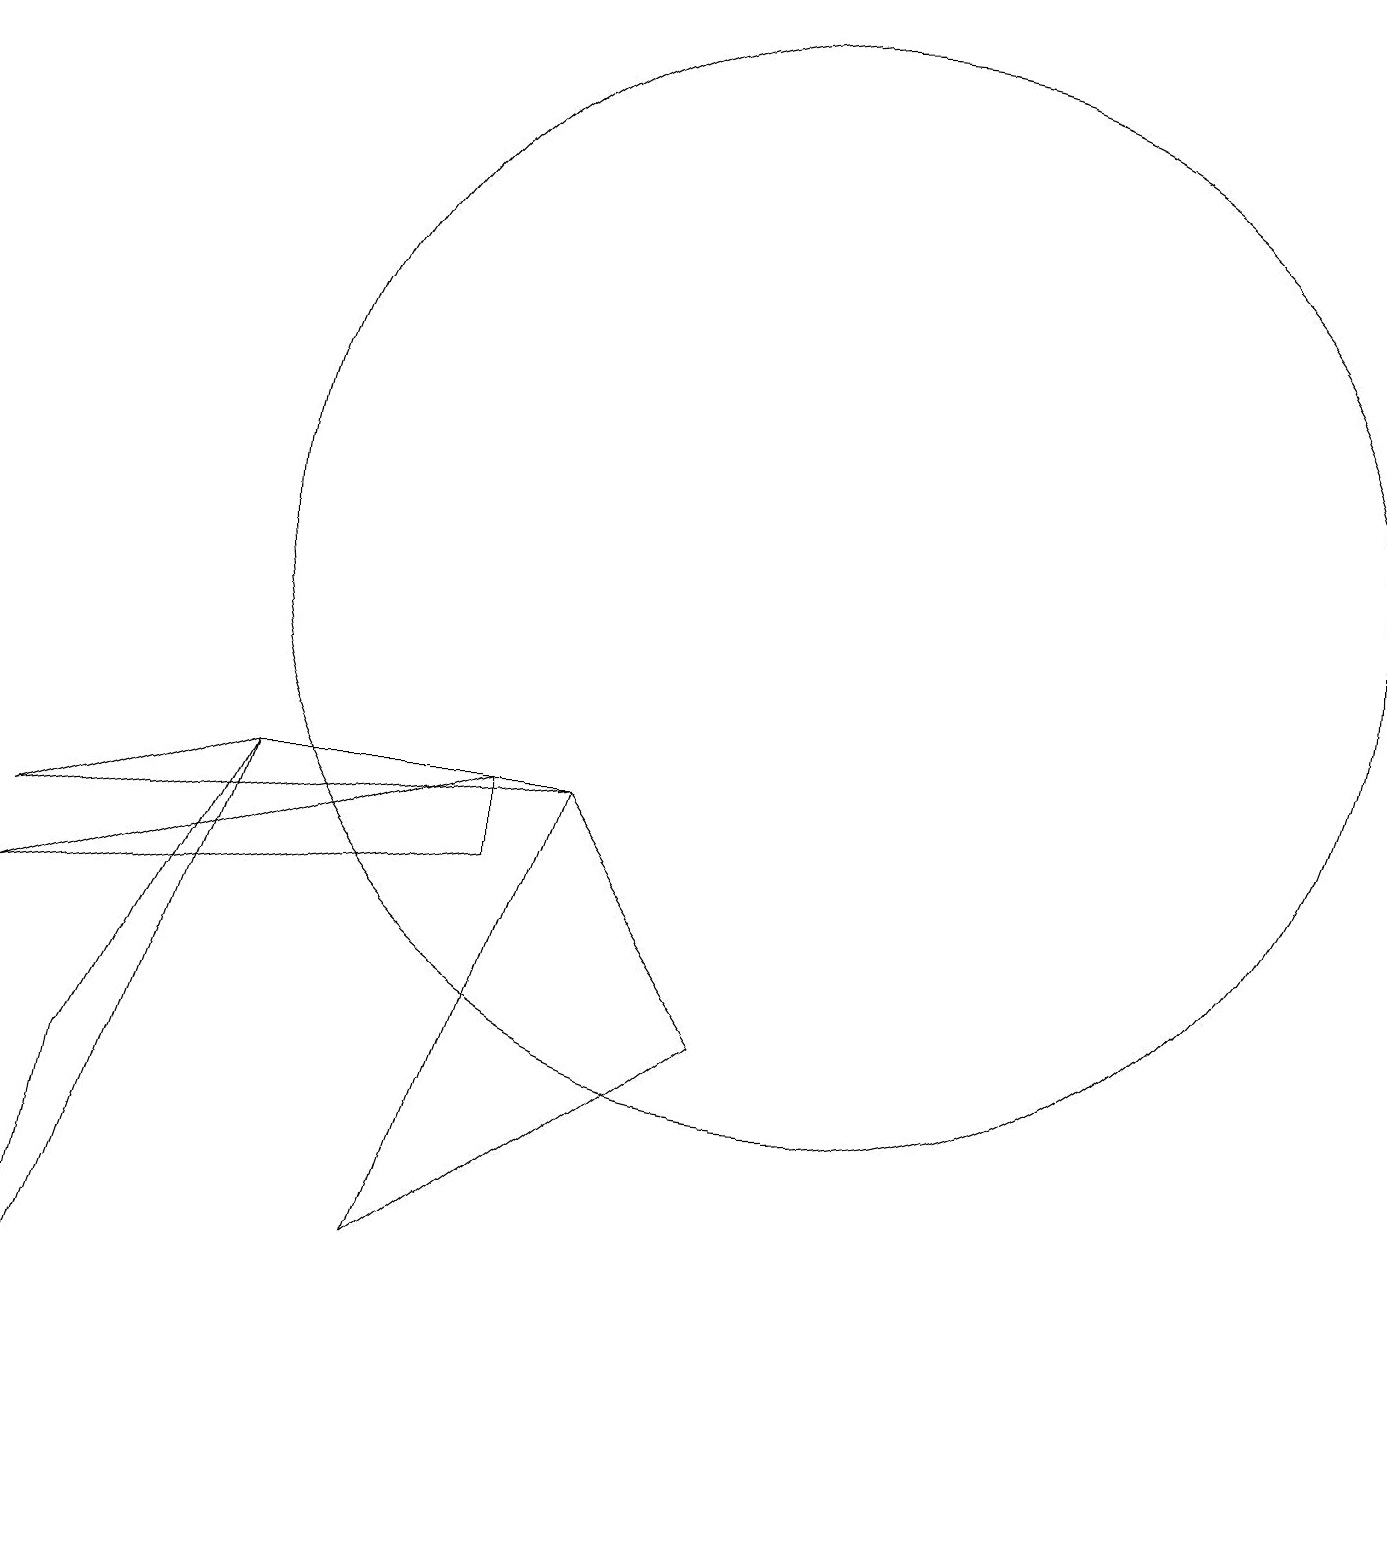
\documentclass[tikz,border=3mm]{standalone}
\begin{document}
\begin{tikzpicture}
\draw (10,12) circle (7);
\draw (0,7) -- (6,9) -- (6,8) -- cycle;
\draw (7,9) -- (9,6) -- (5,3) -- cycle;
\draw (0,0) -- (1,5) -- (3,9) -- cycle;
\draw (0,8) -- (3,9) -- (7,9) -- cycle;
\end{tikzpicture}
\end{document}